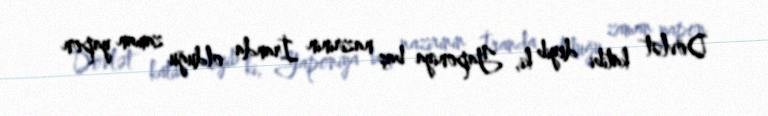
Dövlət katibi deyib ki, Yaponiya baş nazirinin İranda olduğu zaman yapon